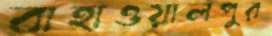
বাহাওয়ালপুর